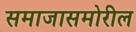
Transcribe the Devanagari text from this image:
समाजासमोरील